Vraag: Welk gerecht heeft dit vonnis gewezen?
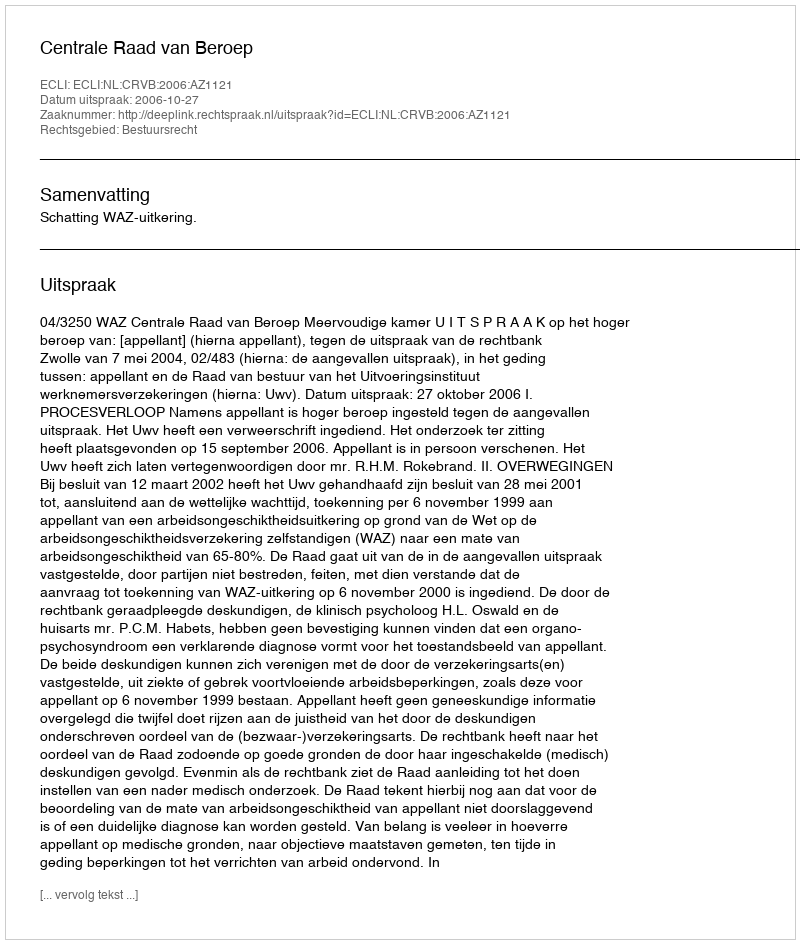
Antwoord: Centrale Raad van Beroep